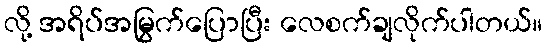
လို့ အရိပ်အမြွက်ပြောပြီး လေစက်ချလိုက်ပါတယ်။